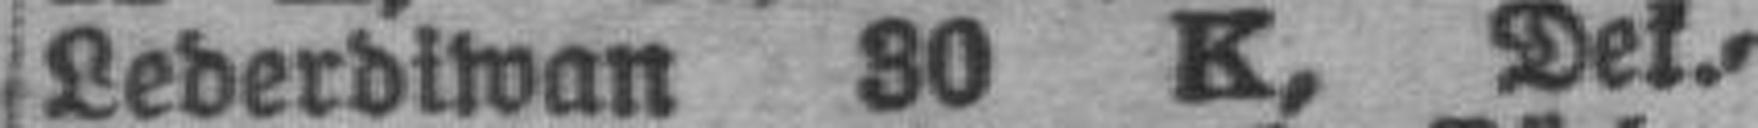
Lederdiwan 30 K, Dek.=